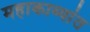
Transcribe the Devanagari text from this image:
महाकाव्यांत